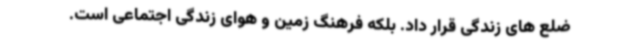
ضلع های زندگی قرار داد. بلکه فرهنگ زمین و هوای زندگی اجتماعی است.